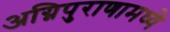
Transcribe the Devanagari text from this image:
अग्निपुराणामध्ये